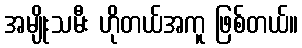
အမျိုးသမီး ဟိုတယ်အကူ ဖြစ်တယ်။